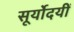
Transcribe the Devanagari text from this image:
सूर्योदयीं